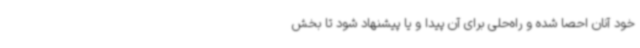
خود آنان احصا شده و راه‌حلی برای آن پیدا و یا پیشنهاد شود تا بخش